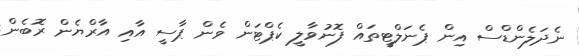
ނެދަލެންޑްސް އިން ޕެނަލްޓީތައް ފޮނުވާލީ ކެޕްޓަން ވެން ޕާސީ އާއި އާރްޔެން ރޮބެން